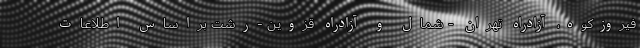
فیروزکوه، آزادراه تهران - شمال و آزادراه قزوین -رشت براساس اطلاعات